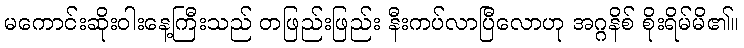
မကောင်းဆိုးဝါးနေ့ကြီးသည် တဖြည်းဖြည်း နီးကပ်လာပြီလောဟု အဂ္ဂနိစ် စိုးရိမ်မိ၏။